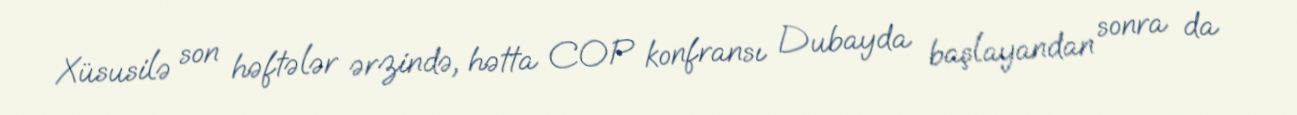
Xüsusilə son həftələr ərzində, hətta COP konfransı Dubayda başlayandan sonra da